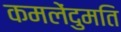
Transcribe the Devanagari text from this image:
कमलेंदुमति